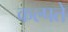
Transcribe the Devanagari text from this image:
कल्पते